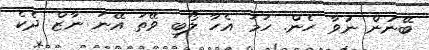
ބޭނުން ނުވާ ހެން. ހަމަ އެހާ ލޯބި ވޭތަ އޭނަ ނާޒް ދެކެ